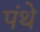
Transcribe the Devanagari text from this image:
पंथे